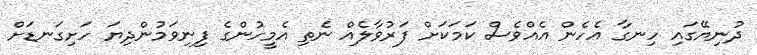
ދުނިޔޭގައި ހިނގާ އެހެން އެއްވެސް ކަމަކަށް ފަރުވާލެއް ނެތި އެމީހުންގެ ފިނިވަމުންދިޔަ ހަށިގަނޑަށް